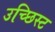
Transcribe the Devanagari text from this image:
उच्छिस्ट